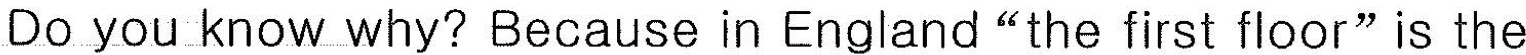
Do you know why? Because in England"the first floor"is the